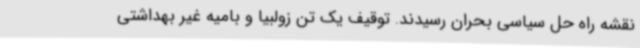
نقشه راه حل سیاسی بحران رسیدند. توقیف یک تن زولبیا و بامیه غیر بهداشتی